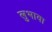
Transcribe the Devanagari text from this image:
लुभावा